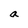
Character: a